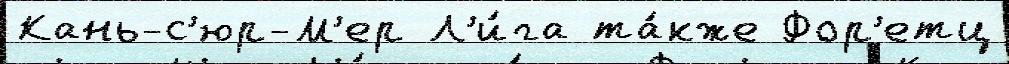
Кань-с'юр-М'ер Л'и́га та́кже Фор'етц